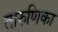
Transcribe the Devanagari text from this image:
तारुणिका